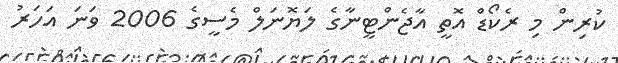
ކުރިން މި ރެކޯޑް އޮތީ އާޖެންޓީނާގެ ލަޔޮނަލް މެސީގެ 2006 ވަނަ އަހަރު